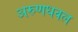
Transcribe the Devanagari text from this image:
अरुणधवल